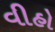
વીહો